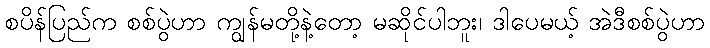
စပိန်ပြည်က စစ်ပွဲဟာ ကျွန်မတို့နဲ့တော့ မဆိုင်ပါဘူး၊ ဒါပေမယ့် အဲဒီစစ်ပွဲဟာ